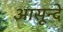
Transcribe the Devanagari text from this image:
आसून्दे